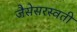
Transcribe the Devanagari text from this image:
जैसेसरस्वती